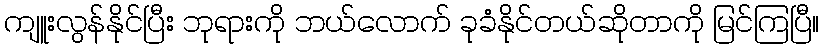
ကျူးလွန်နိုင်ပြီး ဘုရားကို ဘယ်လောက် ခုခံနိုင်တယ်ဆိုတာကို မြင်ကြပြီ။